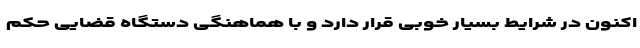
اکنون در شرایط بسیار خوبی قرار دارد و با هماهنگی دستگاه قضایی حکم